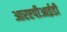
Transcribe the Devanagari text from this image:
आरएपीआईडी